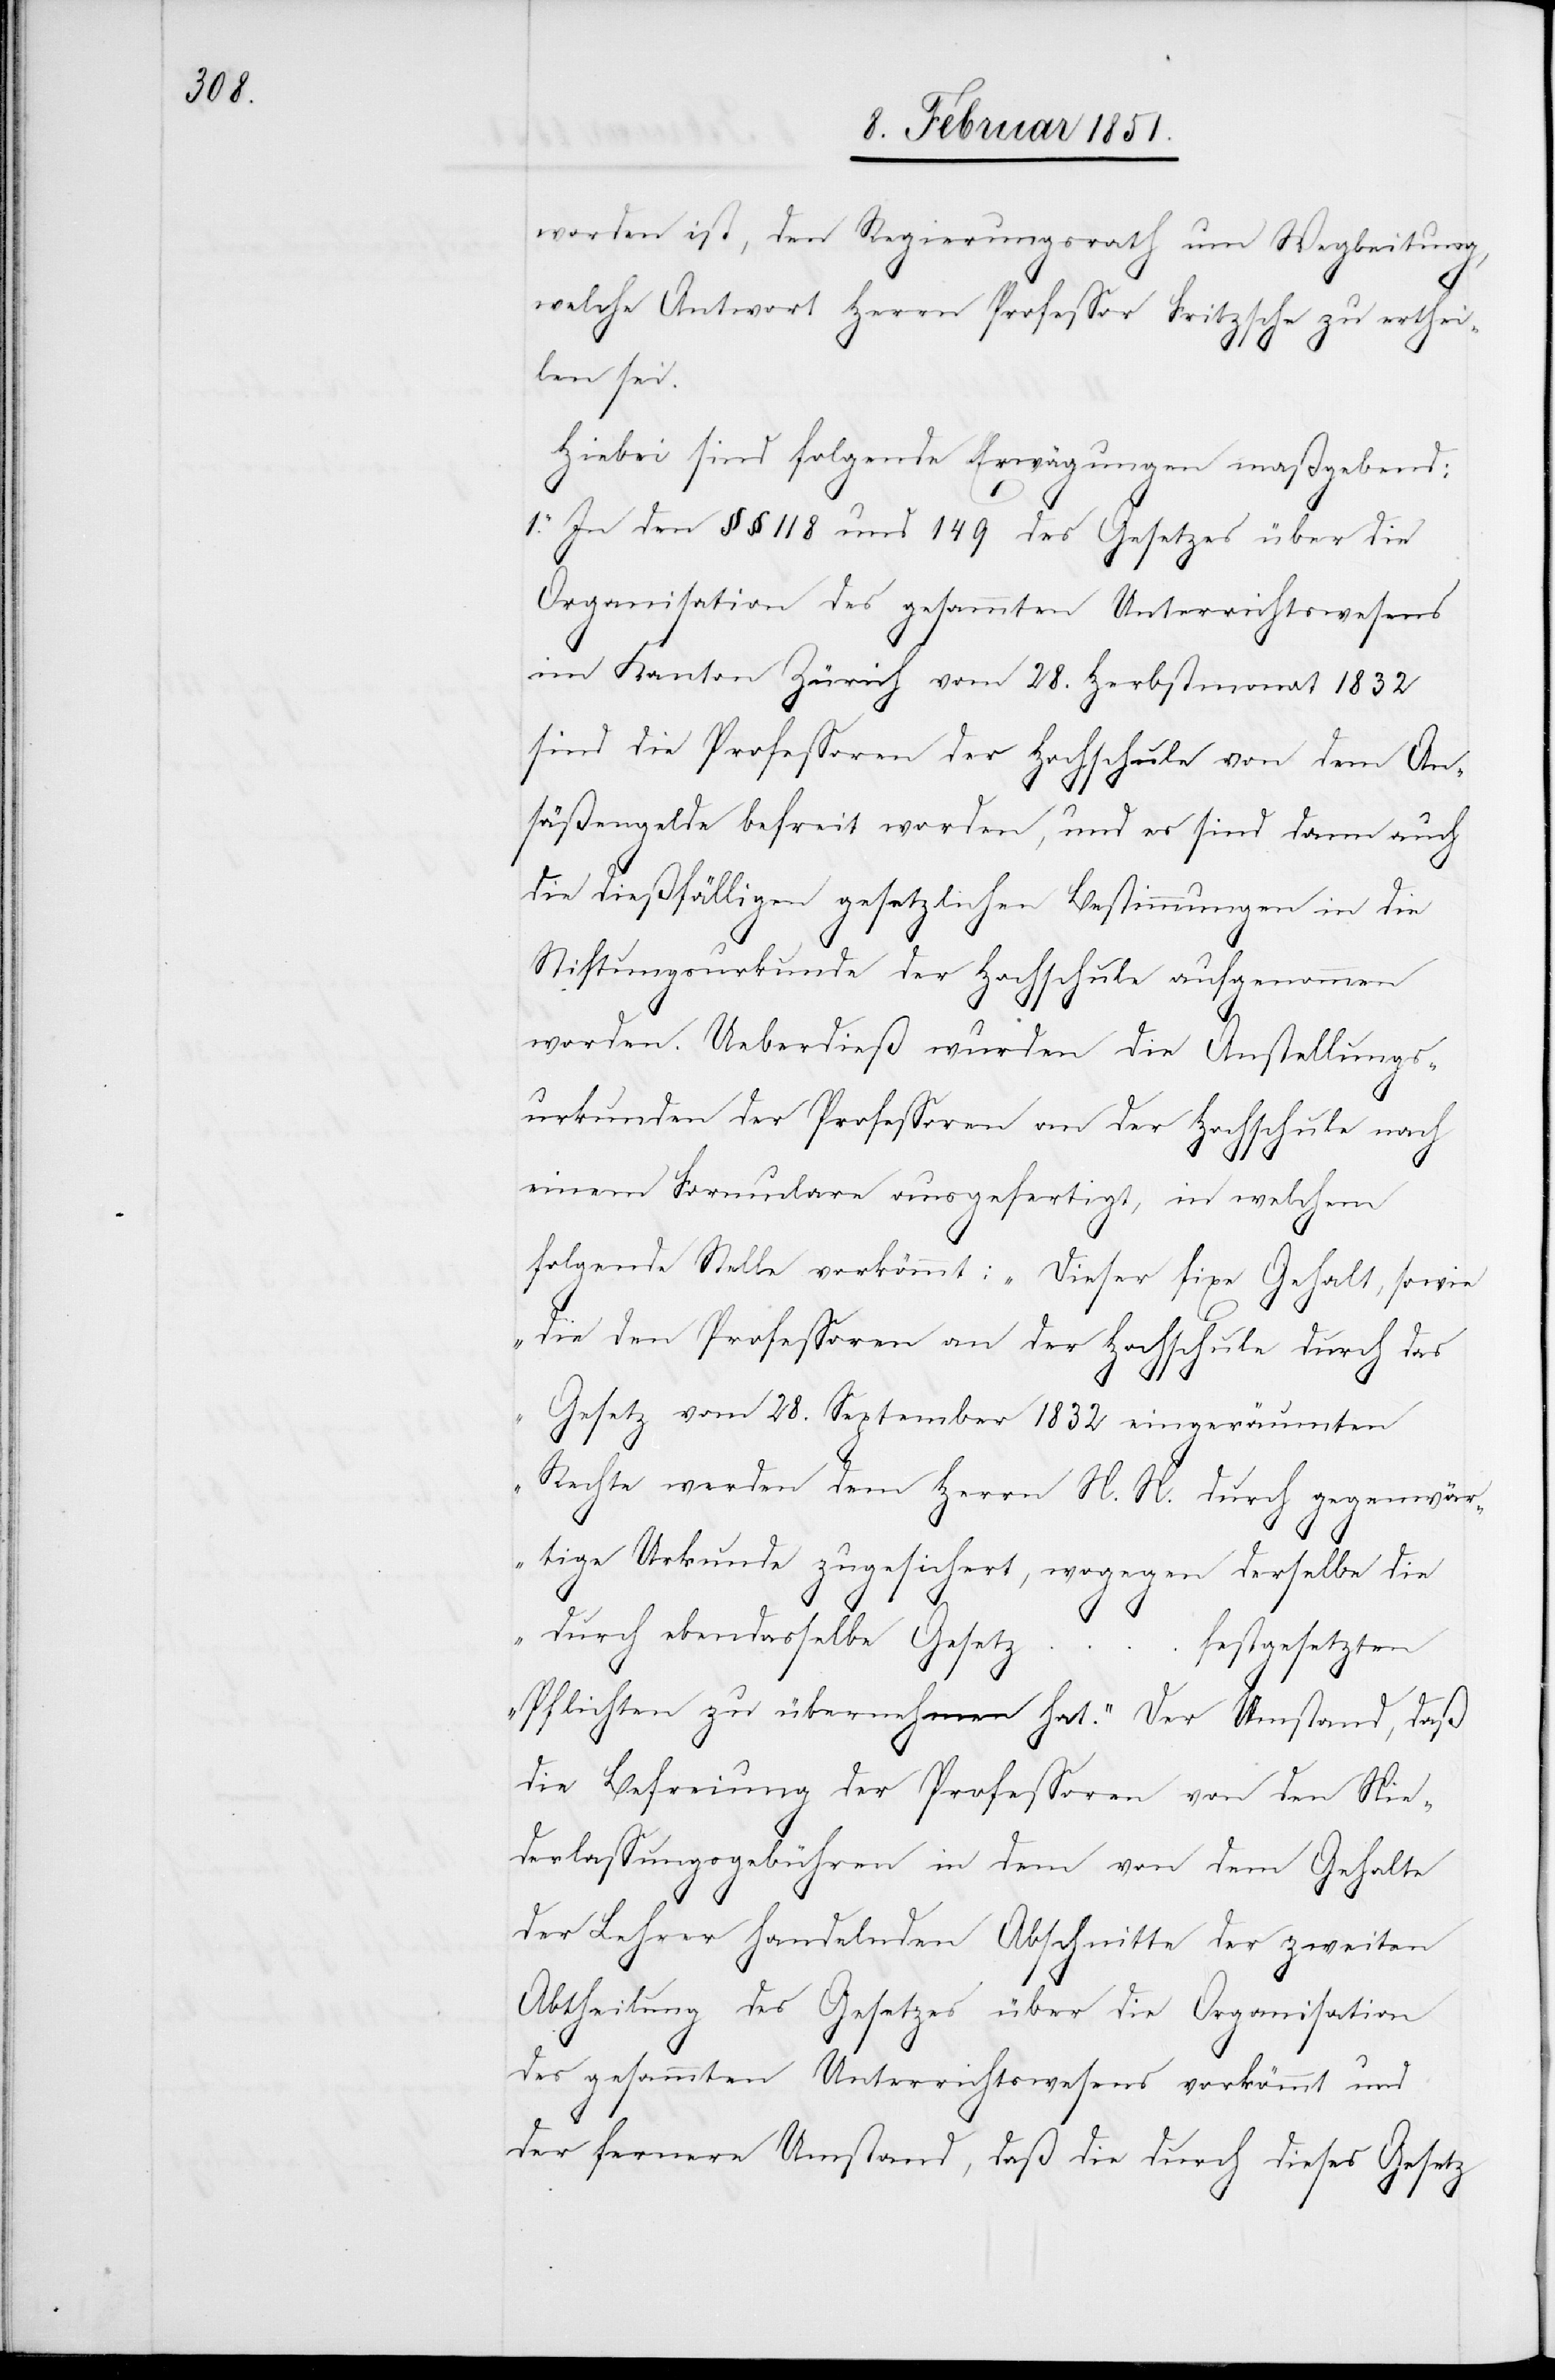
worden ist, den Regierungsrath um Wegleitung,
welche Antwort Herrn Professor Fritzsche zu erthei¬
len sei.
Hiebei sind folgende Erwägungen maßgebend:
1. In den §§ 118 und 149 des Gesetzes über die
Organisation des gesammten Unterrichtswesens
im Kanton Zürich vom 28. Herbstmonat 1832
sind die Professoren der Hochschule von dem An¬
säßengelde befreit worden, und es sind dann auch
die dießfälligen gesetzlichen Bestimmungen in die
Stiftungsurkunde der Hochschule aufgenommen
worden. Ueberdieß wurden die Anstellungs¬
urkunden der Professoren an der Hochschule nach
einem Formulare ausgefertigt, in welchem
folgende Stelle vorkömmt: „Dieser fixe Gehalt, sowie
die den Professoren an der Hochschule durch das
Gesetz vom 28. September 1832 eingeräumten
Rechte werden dem Herrn N. N. durch gegenwär¬
tige Urkunde zugesichert, wogegen derselbe die
durch ebendasselbe Gesetz …
festgesetzten
Pflichten zu übernehmen hat.“ Der Umstand, daß
die Befreiung der Professoren von den Nie¬
derlassungsgebühren in dem von dem Gehalte
der Lehrer handelnden Abschnitte der zweiten
Abtheilung des Gesetzes über die Organisation
des gesammten Unterrichtswesens vorkömmt und
der fernere Umstand, daß die durch dieses Gesetz